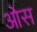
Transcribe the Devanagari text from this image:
आेस